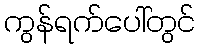
ကွန်ရက်ပေါ်တွင်